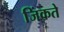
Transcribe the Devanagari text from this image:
जिंकते